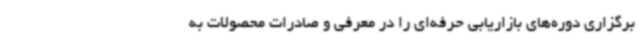
برگزاری دوره‌های بازاریابی حرفه‌ای را در معرفی و صادرات محصولات به